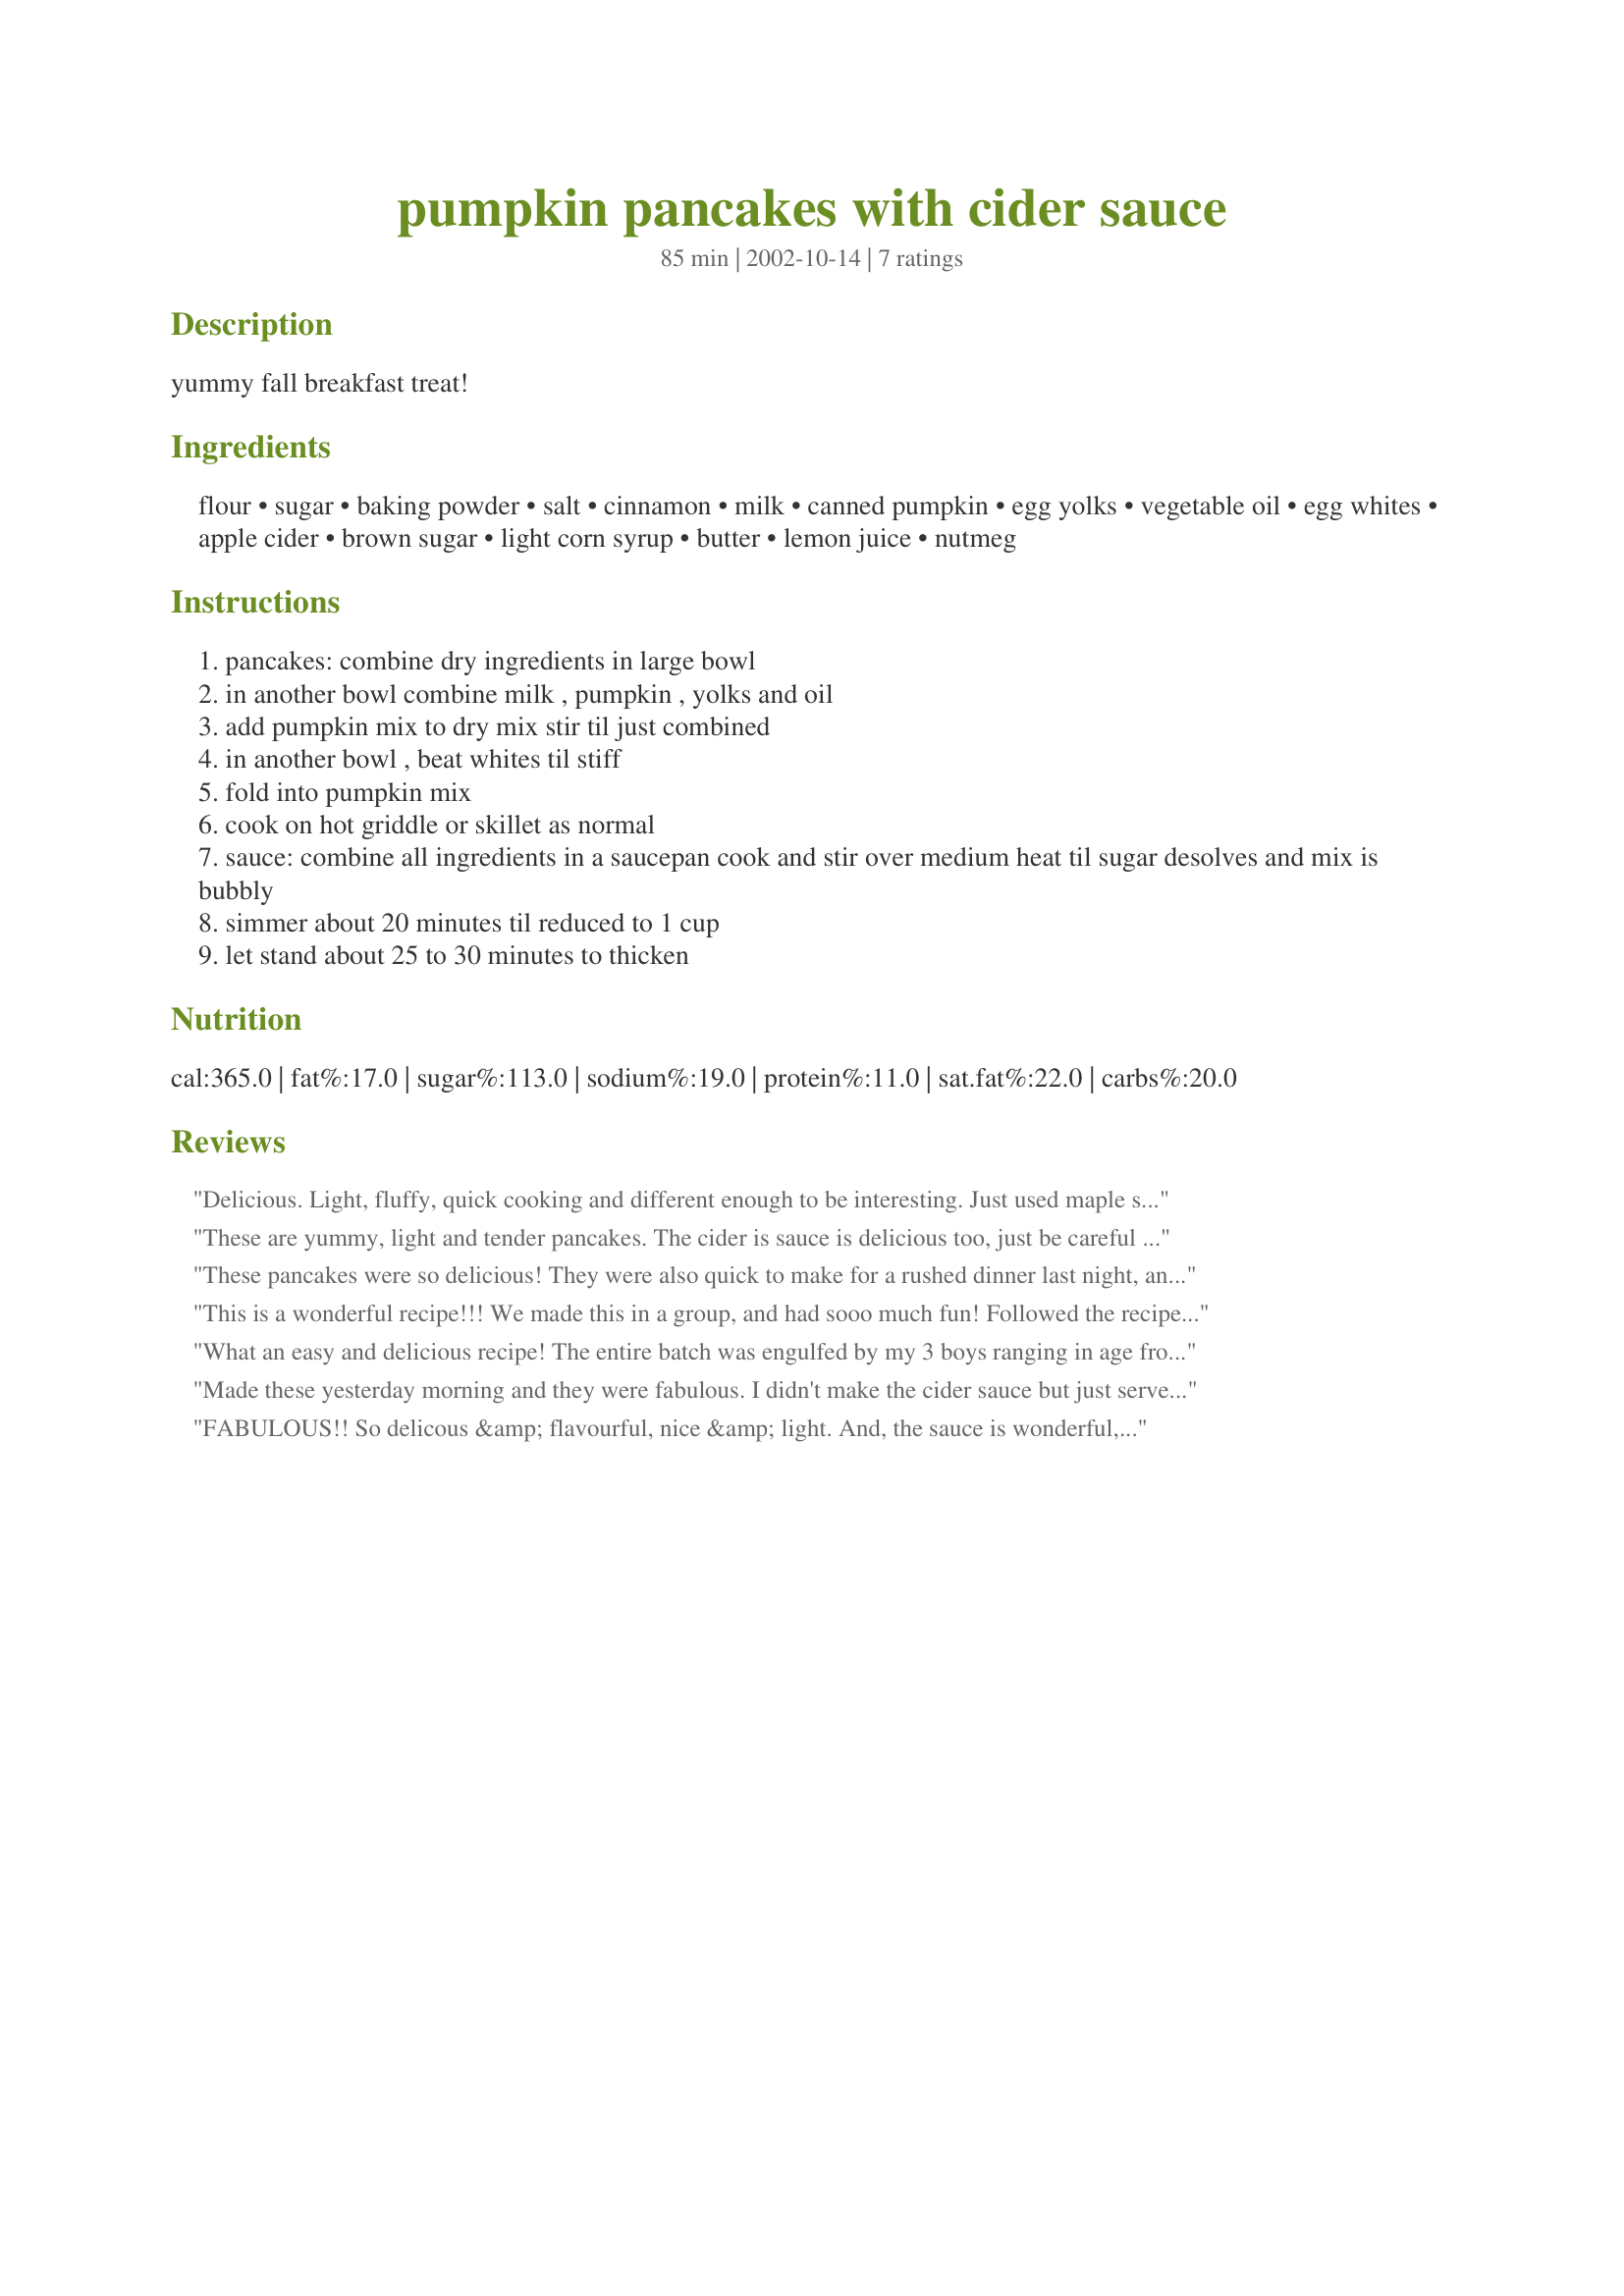
pumpkin pancakes with cider sauce
Preparation time: 85 minutes

yummy fall breakfast treat!

Ingredients:
flour, sugar, baking powder, salt, cinnamon, milk, canned pumpkin, egg yolks, vegetable oil, egg whites, apple cider, brown sugar, light corn syrup, butter, lemon juice, nutmeg

Steps:
pancakes: combine dry ingredients in large bowl
in another bowl combine milk , pumpkin , yolks and oil
add pumpkin mix to dry mix stir til just combined
in another bowl , beat whites til stiff
fold into pumpkin mix
cook on hot griddle or skillet as normal
sauce: combine all ingredients in a saucepan cook and stir over medium heat til sugar desolves and mix is bubbly
simmer about 20 minutes til reduced to 1 cup
let stand about 25 to 30 minutes to thicken

Reviews:
Delicious. Light, fluffy, quick cooking and different enough to be interesting. Just used maple syrup and it worked out well. Also had some whipped cream left over from a dessert and put that on top. Will make again!
These are yummy, light and tender pancakes. The cider is sauce is delicious too, just be careful not too cook it too long. We had to heat the sauce to make it pourable. My kids loved this-thanks!
These pancakes were so delicious! They were also quick to make for a rushed dinner last night, and I appreciated the extra nutrition the pumpkin adds. I didn't have the ingredients on hand to make the cider sauce so we just used maple syrup. My 4 boys and husband enjoyed the pancakes, however, and requested that I make them again--and soon! Thanks for such a tasty recipe!
This is a wonderful recipe!!! We made this in a group, and had sooo much fun! Followed the recipe exactly, and these are the most unique and flavorful pancakes I have ever had. The group also agreed:) Thanks so much for posting
~Manda
What an easy and delicious recipe! The entire batch was engulfed by my 3 boys ranging in age from 21 to 2 1/2 ! I didn't do the cider sauce though it sounded lovely. They are fairly traditional about their maple syrup! :-) Thanks for sharing an easy pancake recipe that was perfect for a cold fall morning
Made these yesterday morning and they were fabulous. I didn't make the cider sauce but just served them with maple syrup and toasted pecans! I also added a dash of nutmeg and ginger to them.
FABULOUS!! So delicous &amp; flavourful, nice &amp; light. And, the sauce is wonderful, too - perfect with the pancakes!
